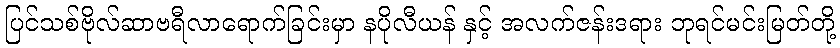
ပြင်သစ်ဗိုလ်ဆာဗရီလာရောက်ခြင်းမှာ နပိုလီယန် နှင့် အလက်ဇန်းဒရား ဘုရင်မင်းမြတ်တို့